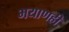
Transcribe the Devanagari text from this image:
भयाणही